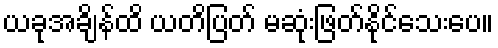
ယခုအချိန်ထိ ယတိပြတ် မဆုံးဖြတ်နိုင်သေးပေ။